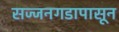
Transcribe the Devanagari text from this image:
सज्जनगडापासून